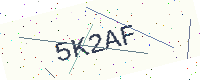
Text: 5K2AF